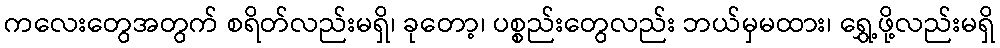
ကလေးတွေအတွက် စရိတ်လည်းမရှိ၊ ခုတော့၊ ပစ္စည်းတွေလည်း ဘယ်မှမထား၊ ရွှေ့ဖို့လည်းမရှိ